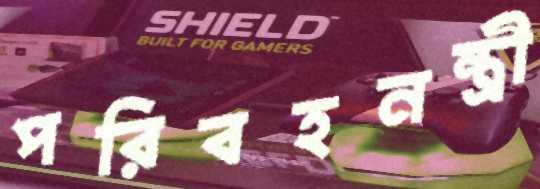
পরিবহনন্ত্রী